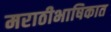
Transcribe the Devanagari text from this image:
मराठीभाषिकात